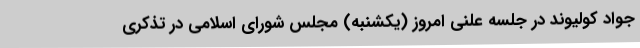
جواد کولیوند در جلسه علنی امروز (یکشنبه) مجلس شورای اسلامی در تذکری